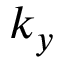
k _ { y }